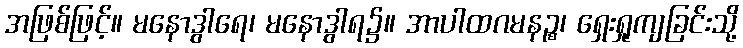
အဖြစ်ဖြင့်။ မနောဒွါရေ၊ မနောဒွါရ၌။ အာပါထဂမနဉ္စ၊ ရှေးရှုကျခြင်းသို့